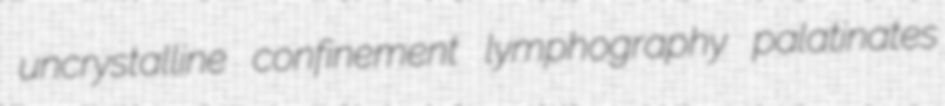
uncrystalline confinement lymphography palatinates